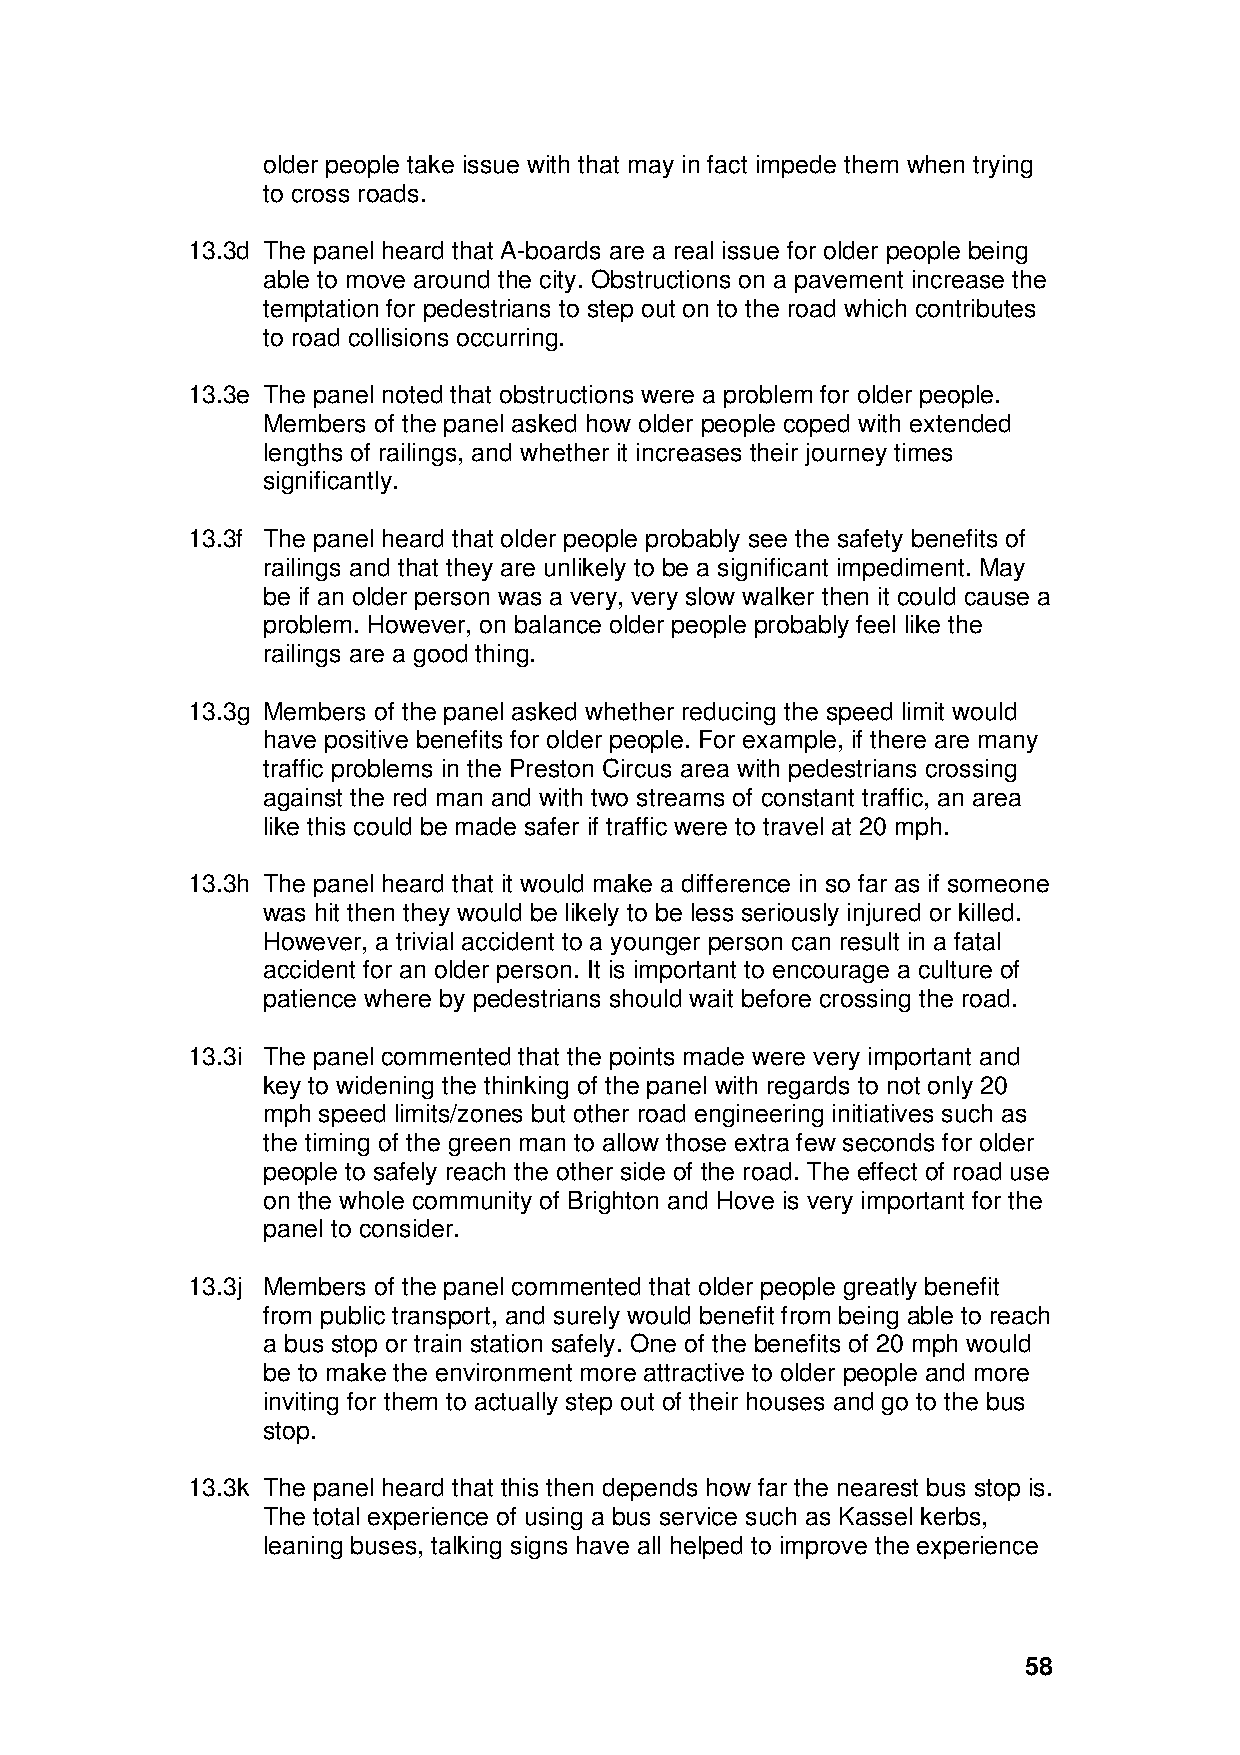
older people take issue with that may in fact impede them when trying
 to cross roads.
 13.3d The panel heard that A-boards are a real issue for older people being
 able to move around the city. Obstructions on a pavement increase the
 temptation for pedestrians to step out on to the road which contributes
 to road collisions occurring.
 13.3e The panel noted that obstructions were a problem for older people.
 Members of the panel asked how older people coped with extended
 lengths of railings, and whether it increases their journey times
 significantly.
 13.3f The panel heard that older people probably see the safety benefits of
 railings and that they are unlikely to be a significant impediment. May
 be if an older person was a very, very slow walker then it could cause a
 problem. However, on balance older people probably feel like the
 railings are a good thing.
 13.3g Members of the panel asked whether reducing the speed limit would
 have positive benefits for older people. For example, if there are many
 traffic problems in the Preston Circus area with pedestrians crossing
 against the red man and with two streams of constant traffic, an area
 like this could be made safer if traffic were to travel at 20 mph.
 13.3h The panel heard that it would make a difference in so far as if someone
 was hit then they would be likely to be less seriously injured or killed.
 However, a trivial accident to a younger person can result in a fatal
 accident for an older person. It is important to encourage a culture of
 patience where by pedestrians should wait before crossing the road.
 13.3i The panel commented that the points made were very important and
 key to widening the thinking of the panel with regards to not only 20
 mph speed limits/zones but other road engineering initiatives such as
 the timing of the green man to allow those extra few seconds for older
 people to safely reach the other side of the road. The effect of road use
 on the whole community of Brighton and Hove is very important for the
 panel to consider.
 13.3j Members of the panel commented that older people greatly benefit
 from public transport, and surely would benefit from being able to reach
 a bus stop or train station safely. One of the benefits of 20 mph would
 be to make the environment more attractive to older people and more
 inviting for them to actually step out of their houses and go to the bus
 stop.
 13.3k The panel heard that this then depends how far the nearest bus stop is.
 The total experience of using a bus service such as Kassel kerbs,
 leaning buses, talking signs have all helped to improve the experience
 58